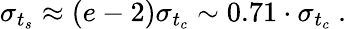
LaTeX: \sigma_{t_{s}}\approx{(e-2)}\sigma_{t_{c}}\sim 0.71\cdot\sigma_{t_{c}}~.